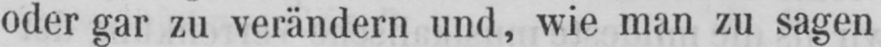
oder gar zu verändern und, wie man zu sagen